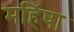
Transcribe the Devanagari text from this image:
महिषा